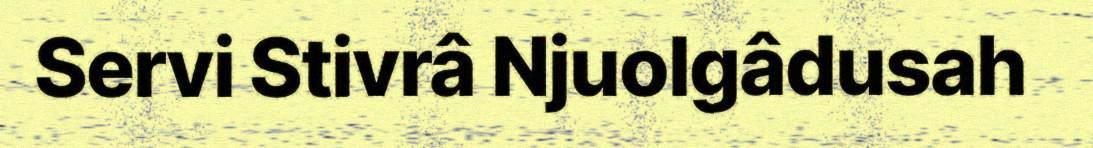
Servi Stivrâ Njuolgâdusah